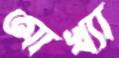
আখ্যা